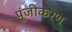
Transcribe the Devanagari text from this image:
पुंजीकरण